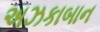
અઝકાબાન